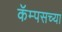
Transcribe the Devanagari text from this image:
कॅम्पसच्या